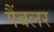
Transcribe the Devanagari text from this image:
गैंबलर